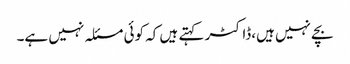
بچے نہیں ہیں،ڈاکٹر کہتے ہیں کہ کوئی مسئلہ نہیں ہے۔